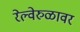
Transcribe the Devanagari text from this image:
रेल्वेरुळावर